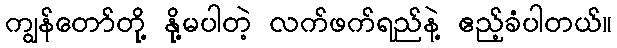
ကျွန်တော်တို့ နို့မပါတဲ့ လက်ဖက်ရည်နဲ့ ဧည့်ခံပါတယ်။